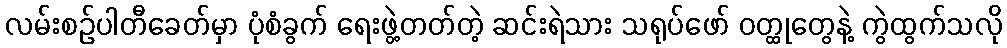
လမ်းစဉ်ပါတီခေတ်မှာ ပုံစံခွက် ရေးဖွဲ့တတ်တဲ့ ဆင်းရဲသား သရုပ်ဖော် ဝတ္ထုတွေနဲ့ ကွဲထွက်သလို